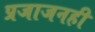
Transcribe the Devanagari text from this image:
प्रजाजनही